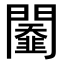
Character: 𨷆